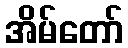
အိမ်တော်